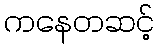
ကနေတဆင့်